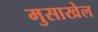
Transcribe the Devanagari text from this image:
मुसाखेल